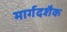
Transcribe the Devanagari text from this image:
मार्गदशैक